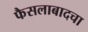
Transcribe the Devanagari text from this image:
फैसलाबादचा